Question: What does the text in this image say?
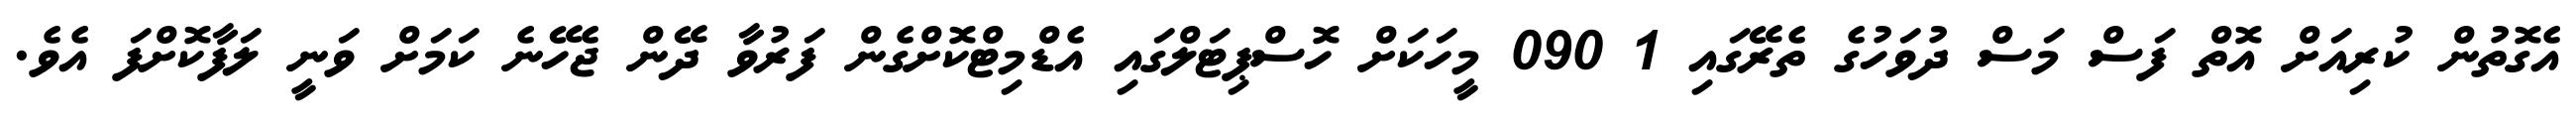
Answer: އެގޮތުން ކުރިއަށް އޮތް ފަސް މަސް ދުވަހުގެ ތެރޭގައި 1 090 މީހަކަށް ހޮސްޕިޓަލްގައި އެޑްމިޓްކޮށްގެން ފަރުވާ ދޭން ޖެހޭނެ ކަމަށް ވަނީ ލަފާކޮށްފަ އެވެ.